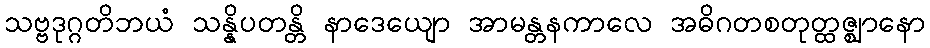
သဗ္ဗဒုဂ္ဂတိဘယံ သန္နိပတန္တိ နာဒေယျော အာမန္တနကာလေ အဓိဂတစတုတ္ထဇ္ဈာနော